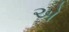
એ